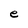
Character: e